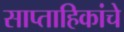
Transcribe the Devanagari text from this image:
साप्ताहिकांचे